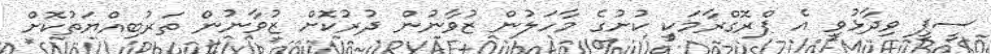
ސީޕީ ވިދާޅުވީ އެ ޕްރޮގްރާމަކީ ކުށުގެ މާހަލުން ޒުވާނުން ދުރުކޮށް ޒުވާނުން ތަރުބިއްޔަތުކޮށް